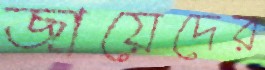
জায়েদের